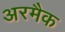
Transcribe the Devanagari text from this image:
अरमैक